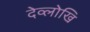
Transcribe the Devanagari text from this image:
देव्लोखि